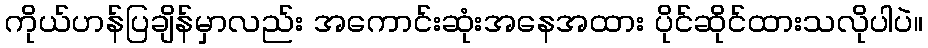
ကိုယ်ဟန်ပြချိန်မှာလည်း အကောင်းဆုံးအနေအထား ပိုင်ဆိုင်ထားသလိုပါပဲ။